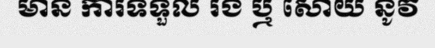
មាន ការទទួល រង ឬ សោយ នូវ